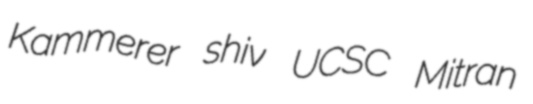
Kammerer shiv UCSC Mitran